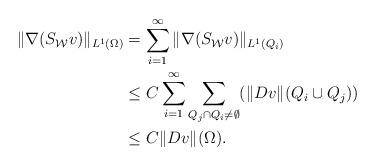
LaTeX: \begin{align*} \|\nabla(S_{\mathcal W}v)\|_{L^1(\Omega)} & = \sum_{i=1}^\infty \|\nabla(S_{\mathcal W}v)\|_{L^1(Q_i)} \\ & \le C \sum_{i=1}^\infty\sum_{Q_j \cap Q_i \ne \emptyset}(\|Dv\|(Q_i\cup Q_j)) \\ &\leq C \|Dv\|(\Omega).\end{align*}